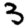
Digit: 3